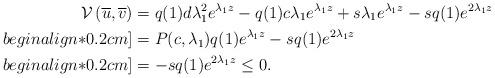
LaTeX: \begin{align*} \mathcal{V}\left(\overline{u},\overline{v}\right)&=q(1)d\lambda_1^2e^{\lambda_1z}-q(1)c\lambda_1e^{\lambda_1z}+s\lambda_1e^{\lambda_1z}-sq(1)e^{2\lambda_1z}\\begin{align*}0.2cm] &=P(c,\lambda_1)q(1)e^{\lambda_1z}-sq(1)e^{2\lambda_1z}\\begin{align*}0.2cm] &=-sq(1)e^{2\lambda_1z}\leq0.\end{align*}